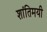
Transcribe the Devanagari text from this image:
शांतिमयी